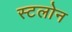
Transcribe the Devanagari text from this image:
स्टलोन